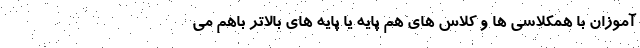
آموزان با همکلاسی ها و کلاس های هم پایه یا پایه های بالاتر باهم می